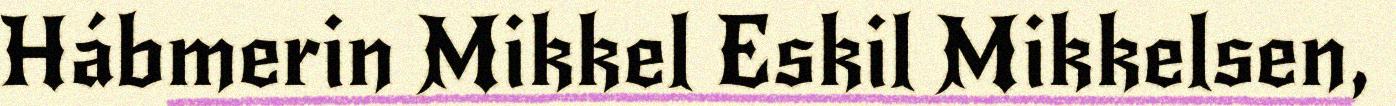
Hábmerin Mikkel Eskil Mikkelsen,